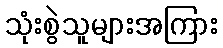
သုံးစွဲသူများအကြား